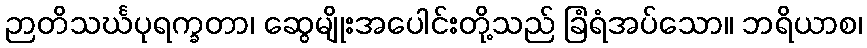
ဉာတိသင်္ဃပုရက္ခတာ၊ ဆွေမျိုးအပေါင်းတို့သည် ခြံရံအပ်သော။ ဘရိယာစ၊